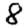
Digit: 8